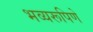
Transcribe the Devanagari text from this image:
भव्यरूपिणे